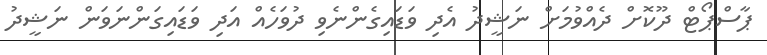
ޕާސްޕޯޓް ދޫކޮށް ދެއްވުމަށް ނަޝީދު އެދި ވަޑައިގެންނެވި ދުވަހެއް އަދި ވަޑައިގަންނަވަން ނަޝީދު